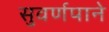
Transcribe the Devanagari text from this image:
सुवर्णपाने